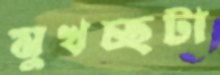
মুখচ্ছটা